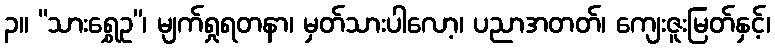
၃။ “သားရွှေဥ”၊ မျက်ရှုရတနာ၊ မှတ်သားပါလော့၊ ပညာအတတ်၊ ကျေးဇူးမြတ်နှင့်၊